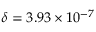
\delta = 3 . 9 3 \times 1 0 ^ { - 7 }